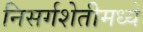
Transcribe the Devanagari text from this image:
निसर्गशेतीमध्ये